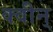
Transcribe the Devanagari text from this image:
क्वीन्